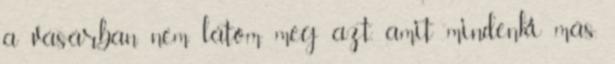
a vásárban nem látom meg azt, amit mindenki más.